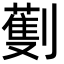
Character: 劐